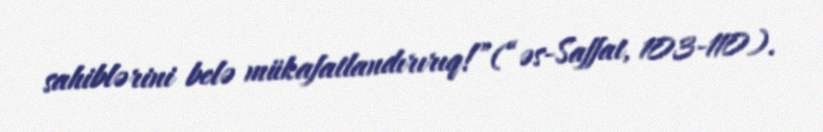
sahiblərini belə mükafatlandırırıq!”(“əs-Saffat, 103-110).